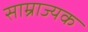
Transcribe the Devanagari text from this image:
साम्राज्यक